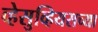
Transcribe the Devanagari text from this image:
व्हेसुव्हियसच्या